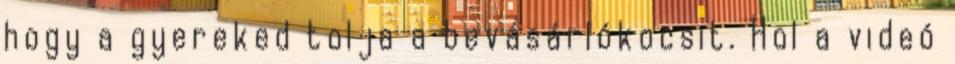
hogy a gyereked tolja a bevásárlókocsit. Hol a videó